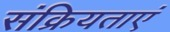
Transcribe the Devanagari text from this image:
संक्रियताएं